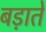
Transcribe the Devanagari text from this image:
बड़ाते